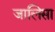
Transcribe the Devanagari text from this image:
जालिसा